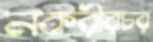
নকরীরচর